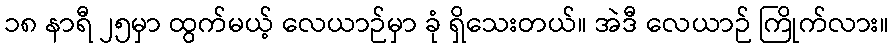
၁၈ နာရီ ၂၅မှာ ထွက်မယ့် လေယာဉ်မှာ ခုံ ရှိသေးတယ်။ အဲဒီ လေယာဉ် ကြိုက်လား။